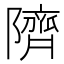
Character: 隮